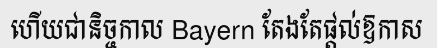
ហើយជានិច្ចកាល Bayern តែងតែផ្តល់ឱកាស